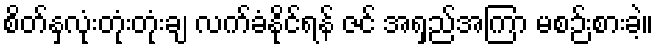
စိတ်နှလုံးတုံးတုံးချ လက်ခံနိုင်ရန် ဇင် အရှည်အကြာ မစဉ်းစားခဲ့။